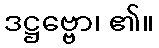
ဒဋ္ဌဗ္ဗော၊ ၏။